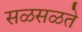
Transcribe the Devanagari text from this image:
सळसळते